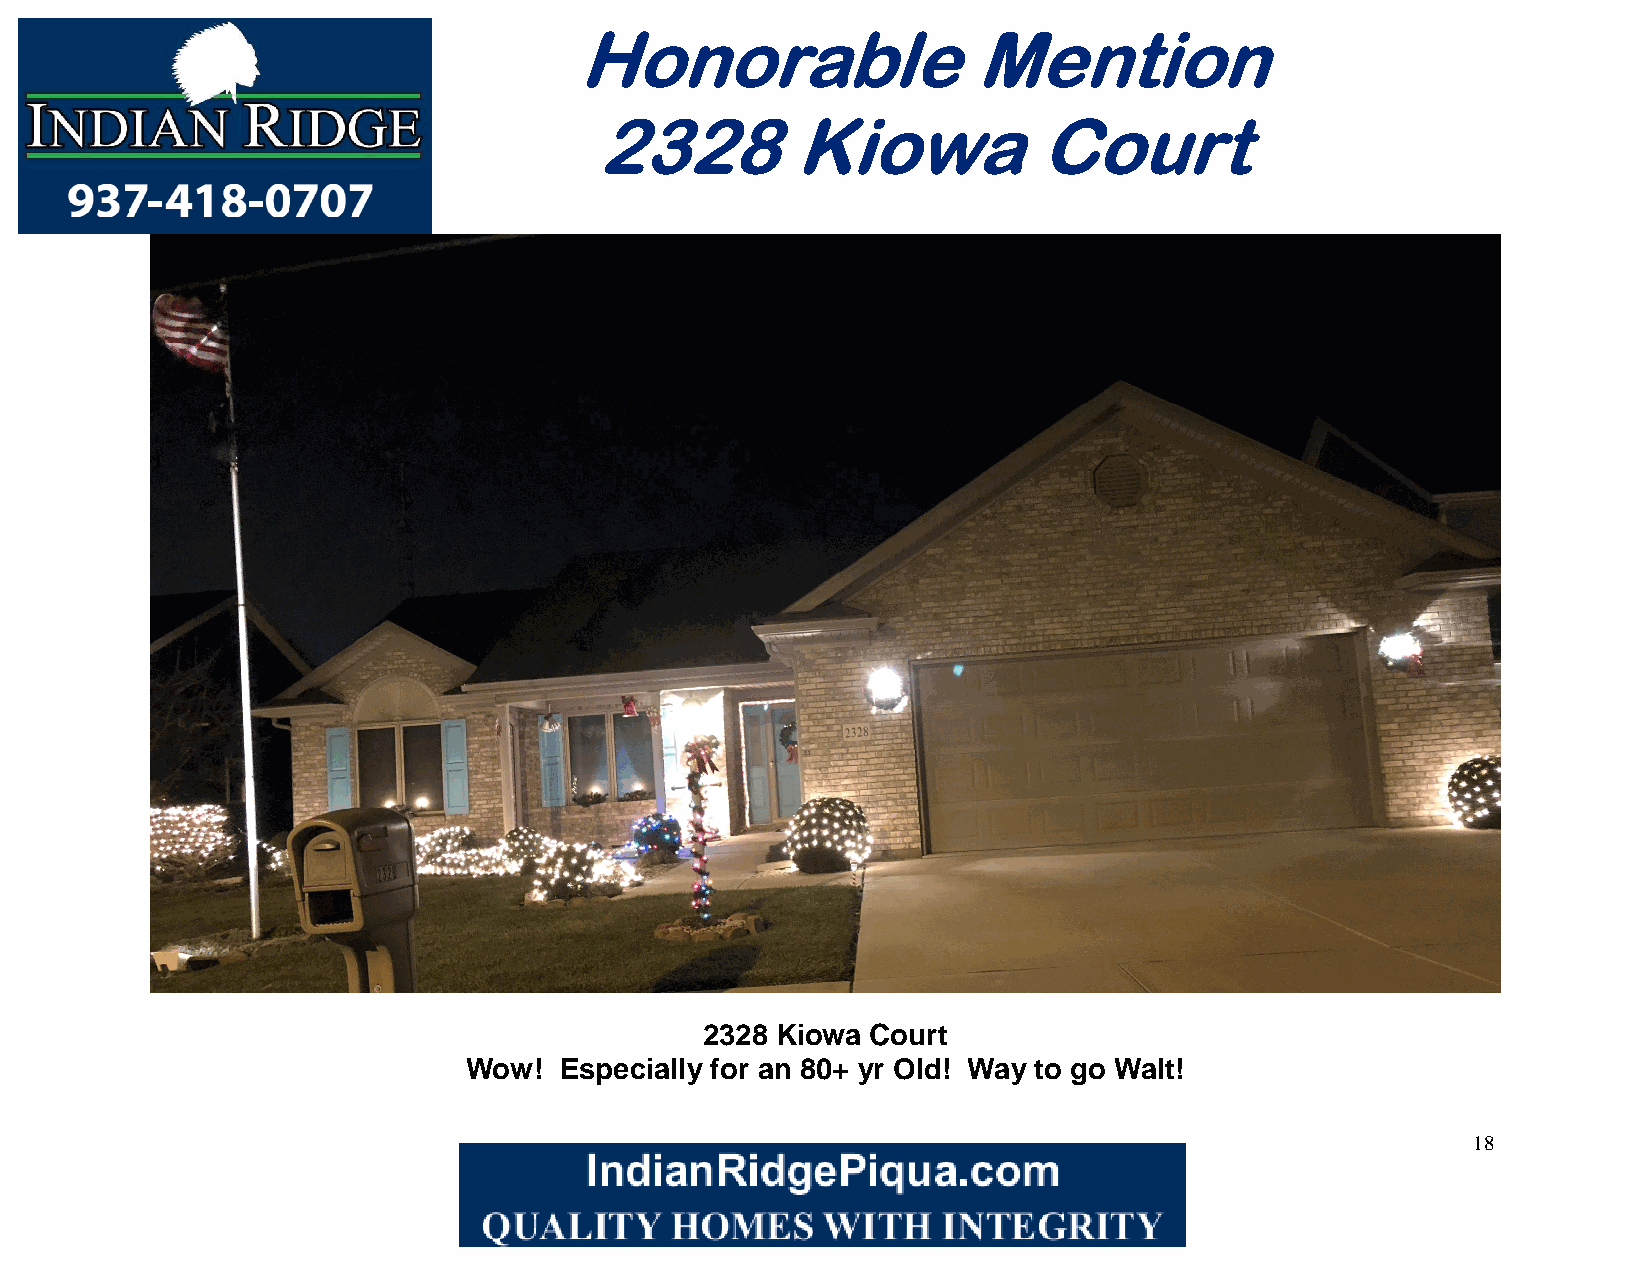
Honorable                 Mention
 2328         Kiowa            Court
 2328 Kiowa Court
 Wow!  Especially for an 80+ yr Old! Way to go Walt!
 18